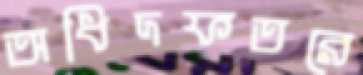
অধিদফতরে